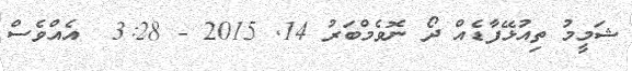
ޝަމީމު ތިއުޅޭފާޑެއް ދޯ ނޮވެމްބަރު 14